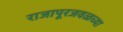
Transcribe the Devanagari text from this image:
राजापूरजवळच्या